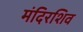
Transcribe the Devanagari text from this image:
मंदिरशिव